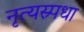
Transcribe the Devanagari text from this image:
नृत्यस्र्पधा